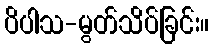
ပိပါသ-မွတ်သိပ်ခြင်း။